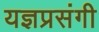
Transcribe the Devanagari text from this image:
यज्ञप्रसंगी